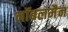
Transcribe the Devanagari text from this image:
नॉबलमैन